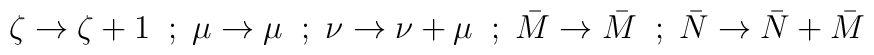
\zeta \rightarrow \zeta + 1 \;\; ; \; \mu \rightarrow \mu \;\; ; \; \nu\rightarrow \nu + \mu \;\; ; \; \bar{M} \rightarrow \bar{M} \;\; ; \;\bar{N} \rightarrow \bar{N} + \bar{M}